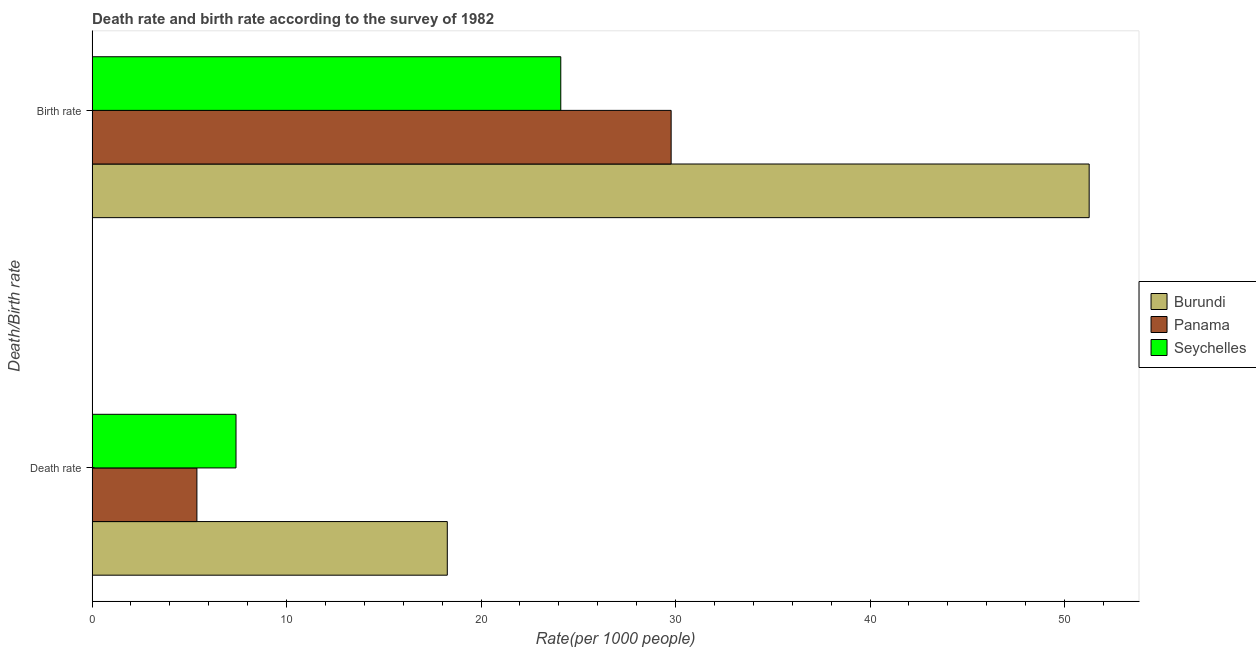
| Death/Birth rate | Burundi | Panama | Seychelles |
 | --- | --- | --- | --- |
 | Death rate | 18.3 | 5.39 | 7.4 |
 | Birth rate | 51.3 | 29.8 | 24.1 |